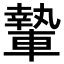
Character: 𨎌